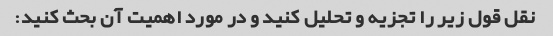
نقل قول زیر را تجزیه و تحلیل کنید و در مورد اهمیت آن بحث کنید: